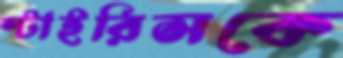
স্টাইরিসকে